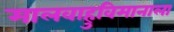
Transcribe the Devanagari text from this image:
मालवाहुविमानाला